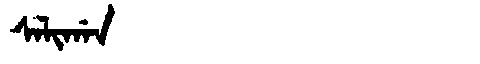
Manchu: ᠰᠠᠯᡳᡤᠠᠨ
Romanization: SALIGAN